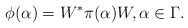
\begin{align*} \phi(\alpha)=W^*\pi(\alpha)W,\alpha\in\Gamma.\end{align*}